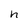
Character: n